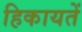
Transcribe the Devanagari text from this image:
हिकायतें